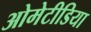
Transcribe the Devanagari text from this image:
ओमेटीडिया